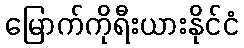
မြောက်ကိုရီးယားနိုင်ငံ